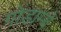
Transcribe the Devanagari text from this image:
गोडाम्बे